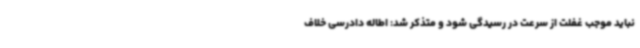
نباید موجب غفلت از سرعت در رسیدگی شود و متذکر شد: اطاله دادرسی خلاف